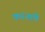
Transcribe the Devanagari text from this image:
करनामे